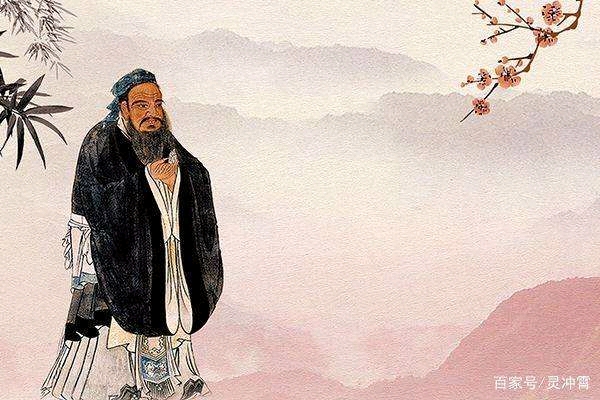
小不忍，则乱大谋。